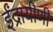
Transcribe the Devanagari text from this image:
ईंद्रायीणी